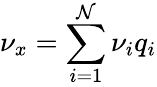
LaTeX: \nu_{x}=\sum_{i=1}^{\mathcal{N}}\nu_{i}q_{i}